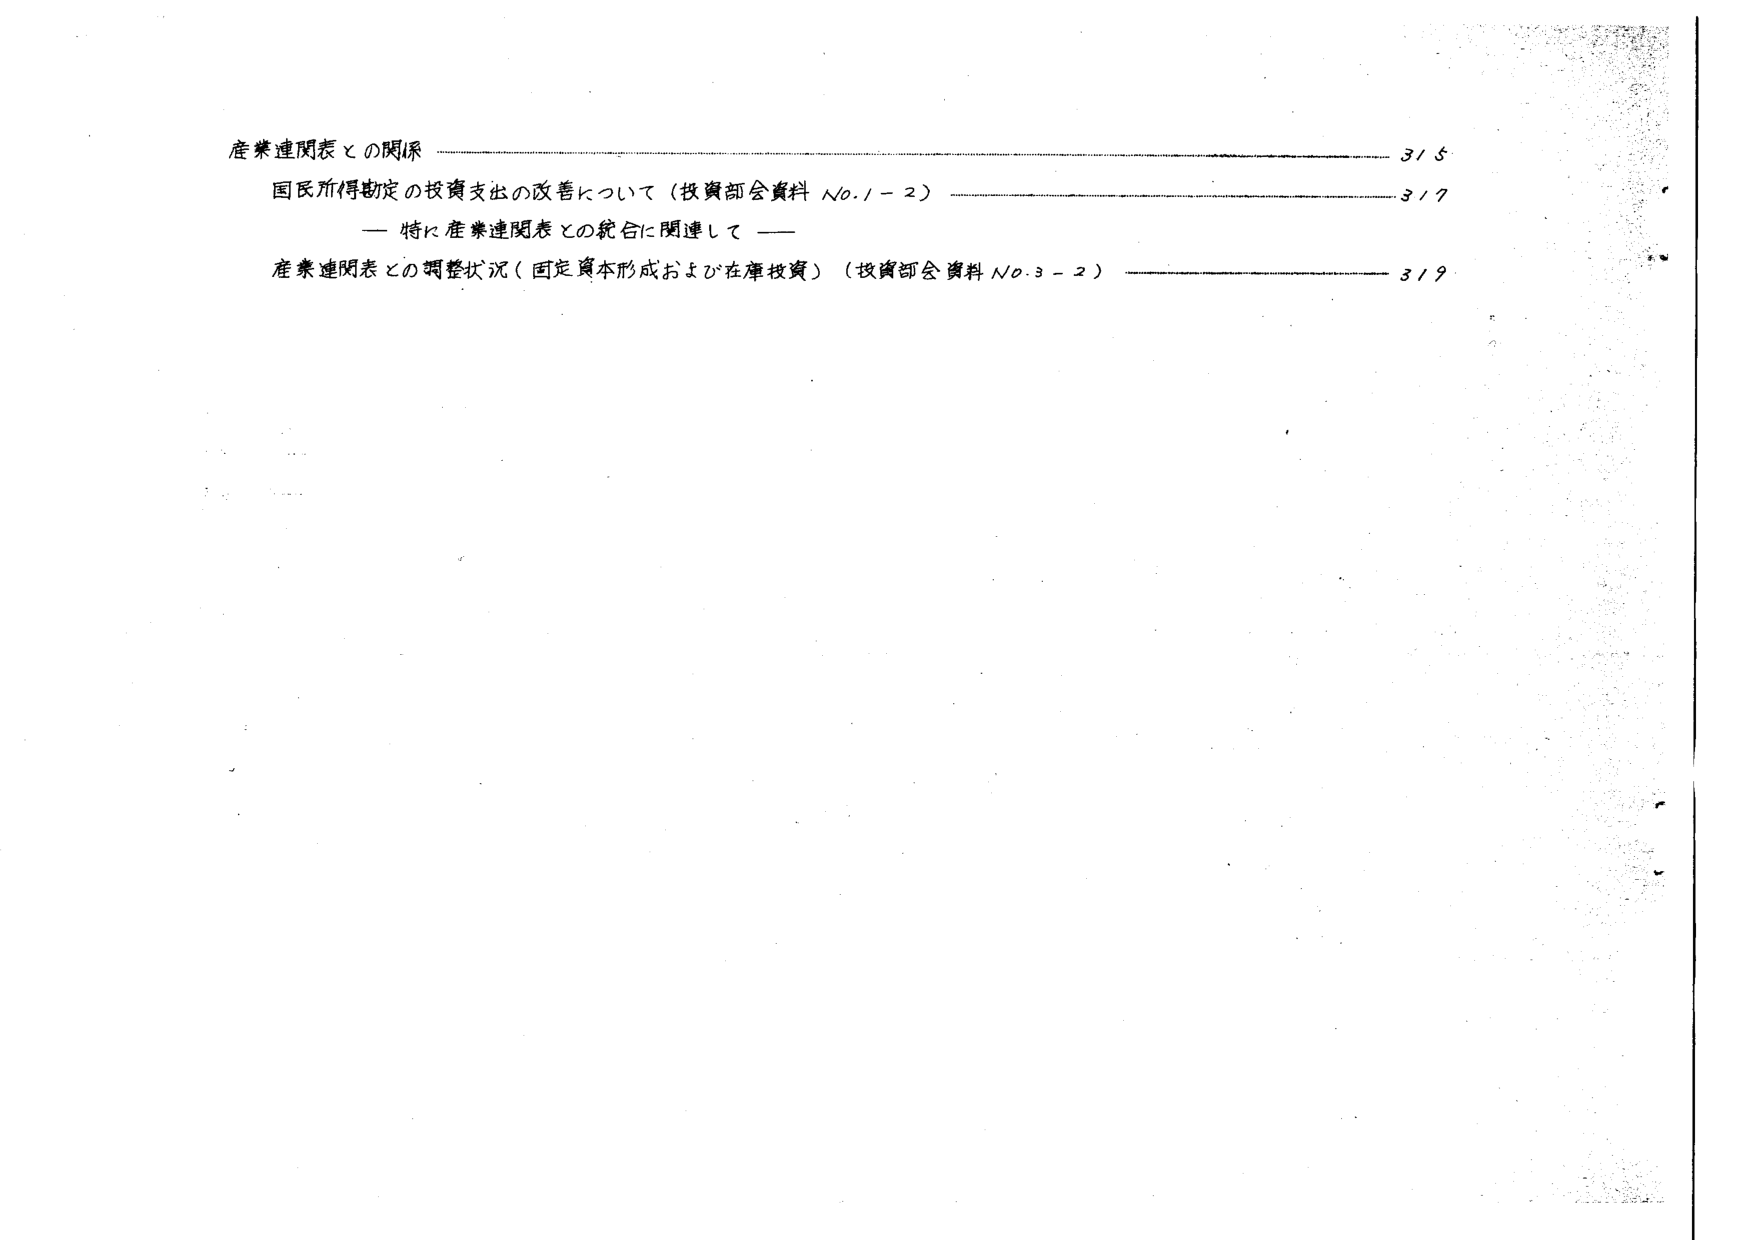
産業連関表との関係 3/5
国民所得勘定の投資支出の改善について（投資部会資料 No.1-2） 3/7
—— 特に産業連関表との統合に関連して ——
産業連関表との調整状況（固定資本形成および在庫投資）（投資部会資料 No.3-2） 3/9